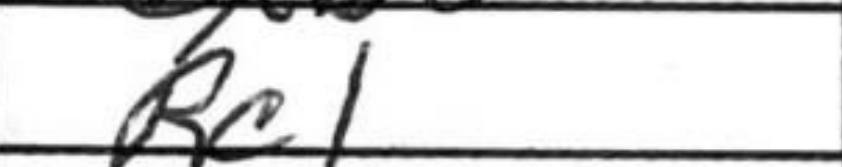
Transcription: Rc1